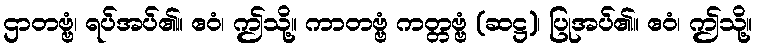
ဌာတဗ္ဗံ၊ ရပ်အပ်၏။ ဧဝံ၊ ဤသို့။ ကာတဗ္ဗံ ကတ္တဗ္ဗံ (ဆဋ္ဌ)၊ ပြုအပ်၏။ ဧဝံ၊ ဤသို့။